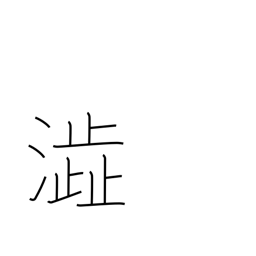
Meaning: astringent